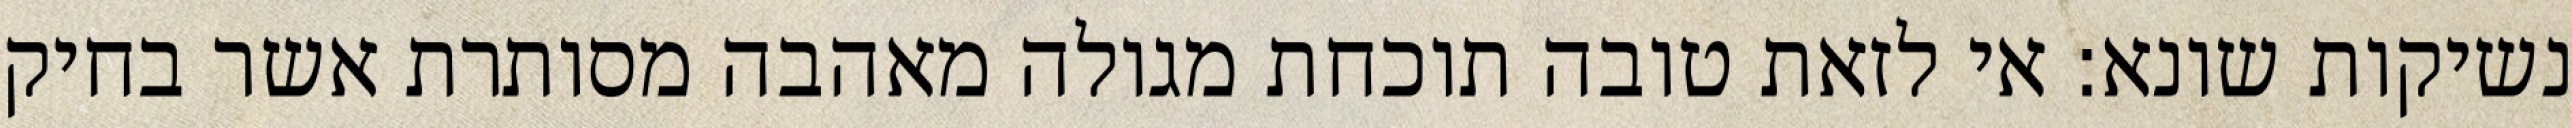
נשיקות שונא: אי לזאת טובה תוכחת מגולה מאהבה מסותרת אשר בחיק